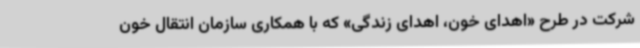
شرکت در طرح «اهدای خون، اهدای زندگی» که با همکاری سازمان انتقال خون